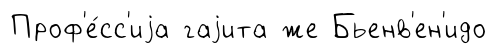
Проф'е́сс'иjа гаjита же Бьенв'ен'идо